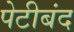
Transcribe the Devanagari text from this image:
पेटीबंद